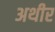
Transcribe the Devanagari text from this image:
अथीर